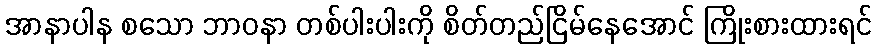
အာနာပါန စသော ဘာဝနာ တစ်ပါးပါးကို စိတ်တည်ငြိမ်နေအောင် ကြိုးစားထားရင်